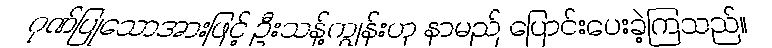
ဂုဏ်ပြုသောအားဖြင့် ဦးသန့်ကျွန်းဟု နာမည် ပြောင်းပေးခဲ့ကြသည်။